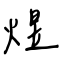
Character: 煜